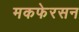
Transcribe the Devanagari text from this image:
मकफेरसन